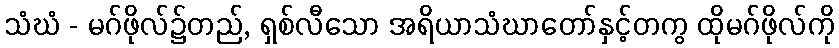
သံဃံ - မဂ်ဖိုလ်၌တည်, ရှစ်လီသော အရိယာသံဃာတော်နှင့်တကွ ထိုမဂ်ဖိုလ်ကို